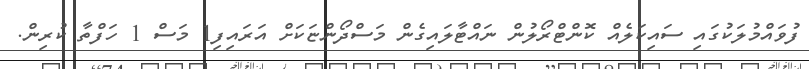
ފުވައްމުލަކުގައި ސައިކަލެއް ކޮންޓްރޯލުން ނައްޓާލައިގެން މަސްދޯންޏަކަށް އަރައިފި1 މަސް 1 ހަފްތާ ކުރިން.